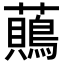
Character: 𧄞